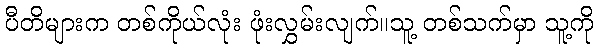
ပီတိများက တစ်ကိုယ်လုံး ဖုံးလွှမ်းလျက်။သူ့ တစ်သက်မှာ သူ့ကို